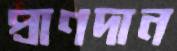
প্রাণদান